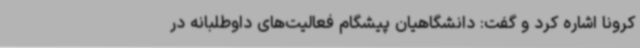
کرونا اشاره کرد و گفت: دانشگاهیان پیشگام فعالیت‌های داوطلبانه در